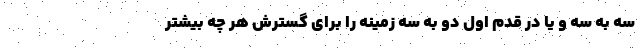
سه به سه و یا در قدم اول دو به سه زمینه را برای گسترش هر چه بیشتر